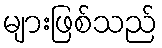
များဖြစ်သည်